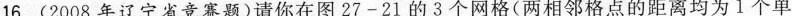
16. (2008年辽宁省竞赛题)请你在图27-21的3个网格(两相邻格点的距离均为1个单